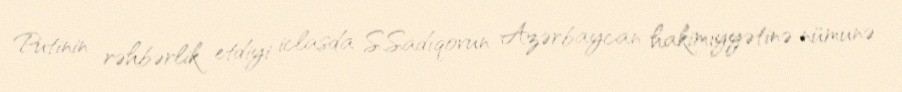
Putinin rəhbərlik etdiyi iclasda S.Sadıqovun Azərbaycan hakimiyyətinə nümunə